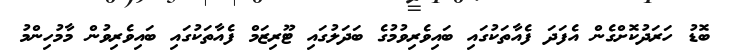
ބޮޑު ހަރަދުކޮށްގެން އެފަދަ ފެއާތަކުގައި ބައިވެރިވުމުގެ ބަދަލުގައި ޓޫރިޒަމް ފެއާތަކުގައި ބައިވެރިވުން މާމުހިންމު